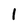
Character: 1